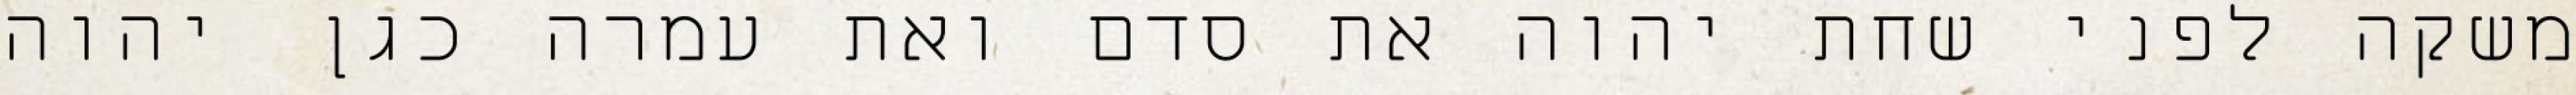
משקה לפני שחת יהוה את סדם ואת עמרה כגן יהוה